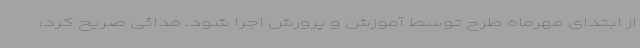
از ابتدای مهرماه طرح توسط آموزش و پرورش اجرا شود. فدائی صریح کرد: